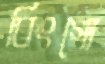
বিংগো